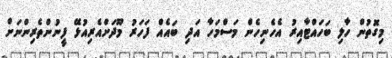
މިގޮތުން ހާލި ބަހައްޓާއިރު އެހެނިހެން މަސްމަހާ އަދި ބައެއް ފަހަރު މޫދަށްއެރިއުޅޭ ފީނުންތެރިންނަށް